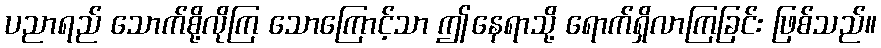
ပညာရည် သောက်စို့လိုကြ သောကြောင့်သာ ဤနေရာသို့ ရောက်ရှိလာကြခြင်း ဖြစ်သည်။